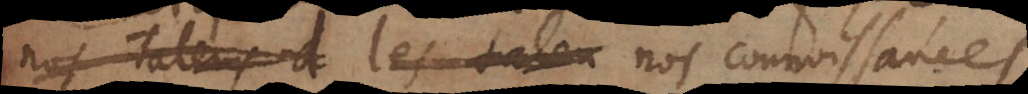
n’nos talens d les talens nos connoissances